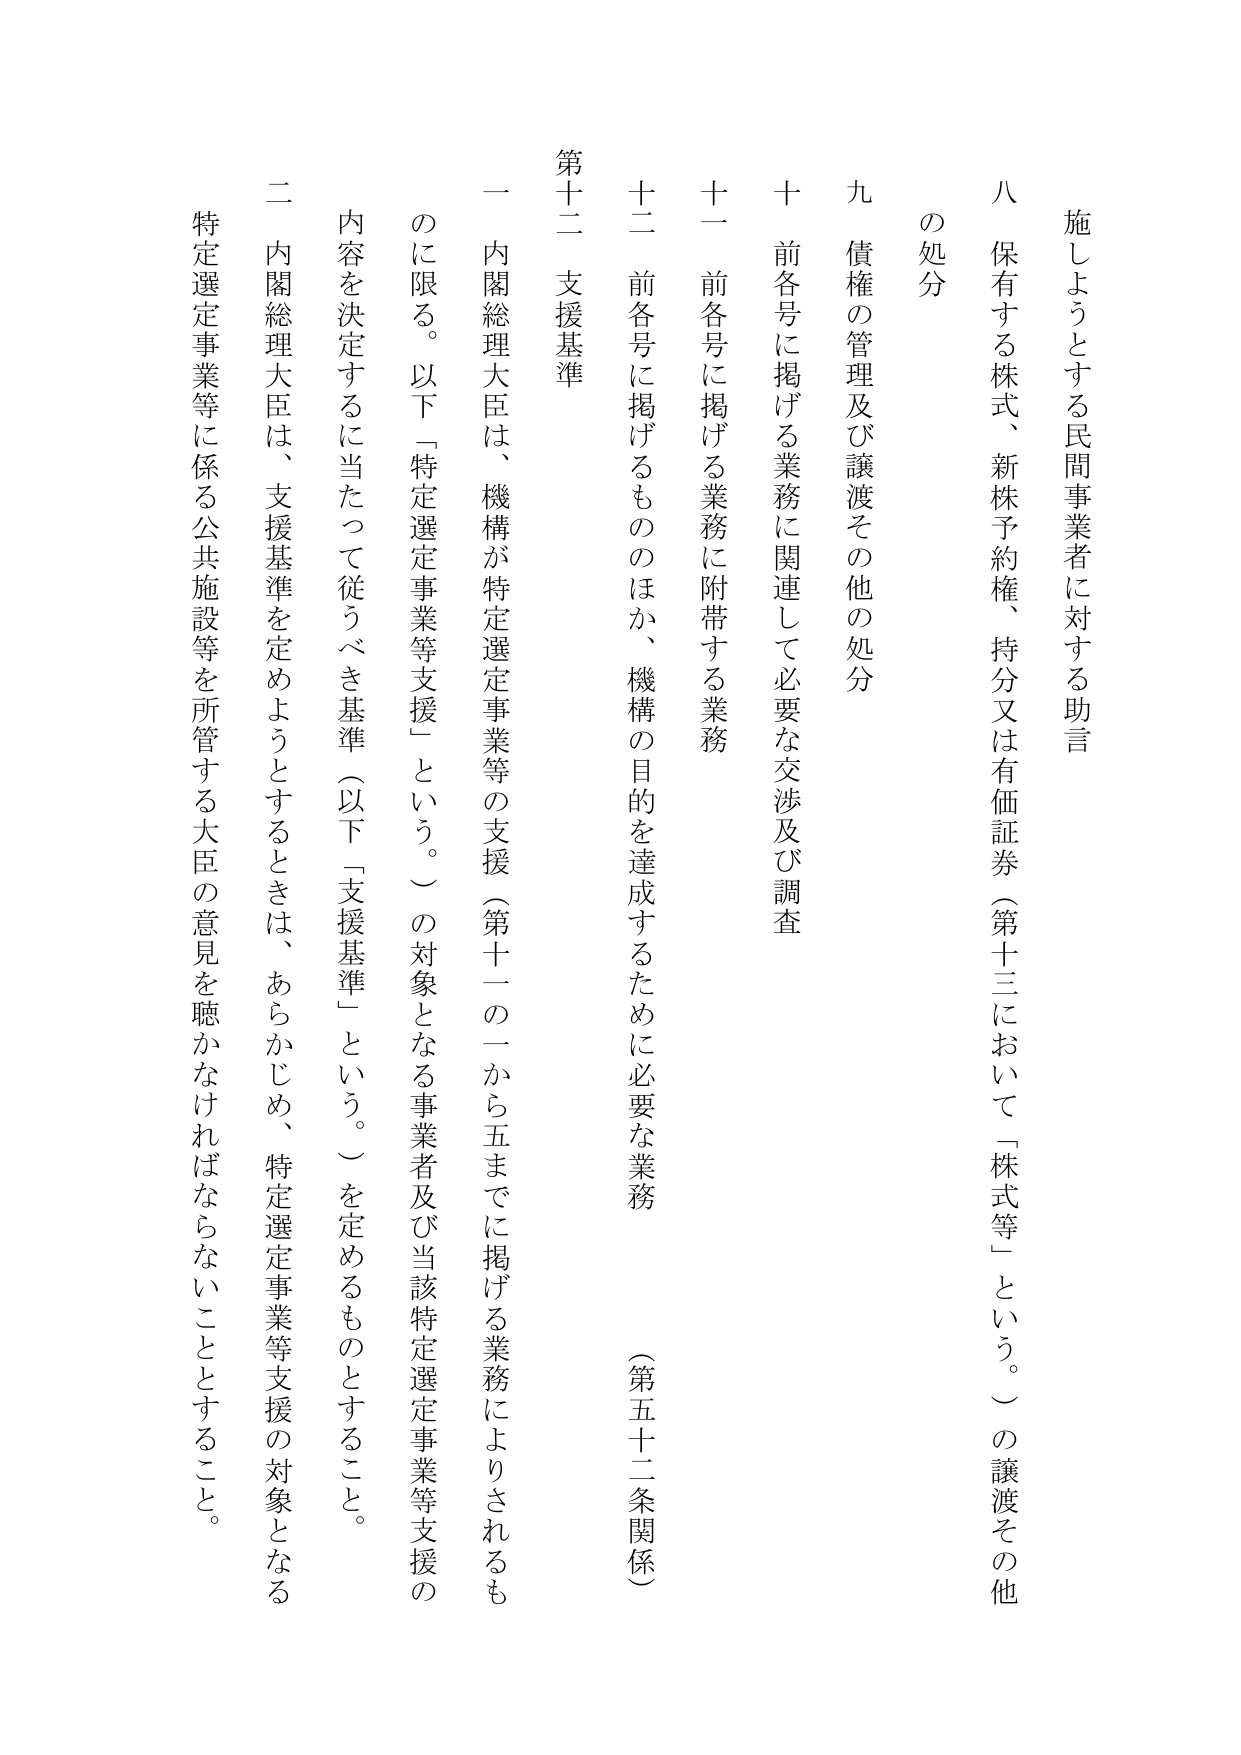
施しようとする民間事業者に対する助言

八 保有する株式、新株予約権、持分又は有価証券（第十三において「株式等」という。）の譲渡その他
の処分

九 債権の管理及び譲渡その他の処分

十 前各号に掲げる業務に関連して必要な交渉及び調査

十一 前各号に掲げる業務に附帯する業務

十二 前各号に掲げるもののほか、機構の目的を達成するために必要な業務 （第五十二条関係）

第十二 支援基準

一 内閣総理大臣は、機構が特定選定事業等の支援（第十一の一から五までに掲げる業務によりされるも
のに限る。以下「特定選定事業等支援」という。）の対象となる事業者及び当該特定選定事業等支援の
内容を決定するに当たって従うべき基準（以下「支援基準」という。）を定めるものとすること。

二 内閣総理大臣は、支援基準を定めようとするときは、あらかじめ、特定選定事業等支援の対象となる
特定選定事業等に係る公共施設等を所管する大臣の意見を聴かなければならないこととすること。